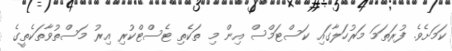
ކަމަށެވެ. ފުރަތަމަ މަރުހަލާގައި ކަސްޓަމްސް އިން މި ތަކެތި ޓެސްޓްކުރި އިރު މަސްތުވާތަކެތީގެ